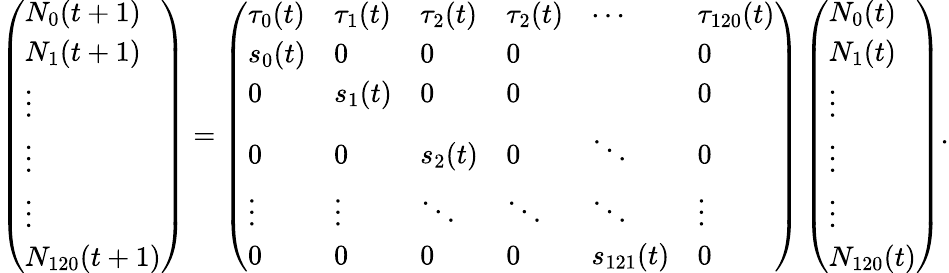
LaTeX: \left(\begin{array}{l}{N_{0}(t+1)}\\ {N_{1}(t+1)}\\ {\vdots}\\ {\vdots}\\ {\vdots}\\ {N_{120}(t+1)}\end{array}\right)=\left(\begin{array}{llllll}{\tau_{0}(t)}&{\tau_{1}(t)}&{\tau_{2}(t)}&{\tau_{2}(t)}&{\cdots}&{\tau_{120}(t)}\\ {s_{0}(t)}&{0}&{0}&{0}&&{0}\\ {0}&{s_{1}(t)}&{0}&{0}&&{0}\\ {0}&{0}&{s_{2}(t)}&{0}&{\ddots}&{0}\\ {\vdots}&{\vdots}&{\ddots}&{\ddots}&{\ddots}&{\vdots}\\ {0}&{0}&{0}&{0}&{s_{121}(t)}&{0}\end{array}\right)\left(\begin{array}{l}{N_{0}(t)}\\ {N_{1}(t)}\\ {\vdots}\\ {\vdots}\\ {\vdots}\\ {N_{120}(t)}\end{array}\right).